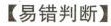
【易错判断】